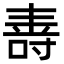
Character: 𭉠